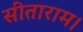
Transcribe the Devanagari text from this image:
सीताराम।